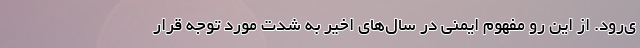
ی‌­رود. از این رو مفهوم ایمنی در سال­های اخیر به شدت مورد توجه قرار